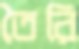
তৈরি